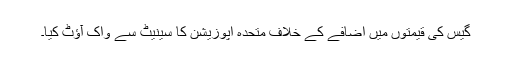
گیس کی قیمتوں میں اضافے کے خلاف متحدہ اپوزیشن کا سینیٹ سے واک آؤٹ کیا۔